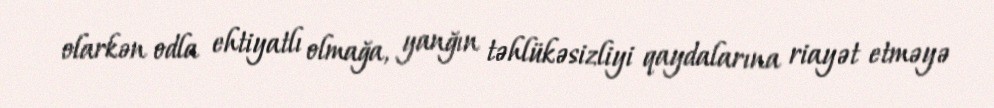
olarkən odla ehtiyatlı olmağa, yanğın təhlükəsizliyi qaydalarına riayət etməyə